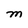
Character: M